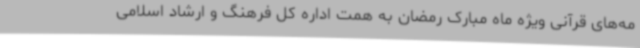
مه‌های قرآنی ویژه ماه مبارک رمضان به همت اداره کل فرهنگ و ارشاد اسلامی